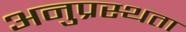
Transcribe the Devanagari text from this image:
अनुप्रस्थता